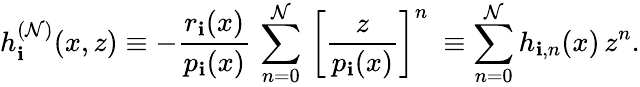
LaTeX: h_{\mathbf{i}}^{(\mathcal{N})}(x,z)\equiv-\frac{{r_{\mathbf{i}}(x)}}{{p_{\mathbf{i}}(x)}}\, \sum_{n=0}^{\mathcal{N}}\, {\left[\frac{{z}}{{p_{\mathbf{i}}(x)}}\right]}^{n}\ \equiv\sum_{n=0}^{\mathcal{N}}h_{\mathbf{i},n}(x)\, z^{n}.